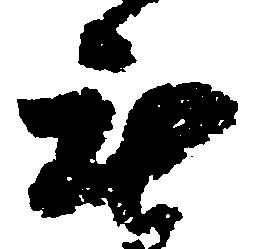
無